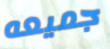
جميعه